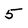
Character: 5